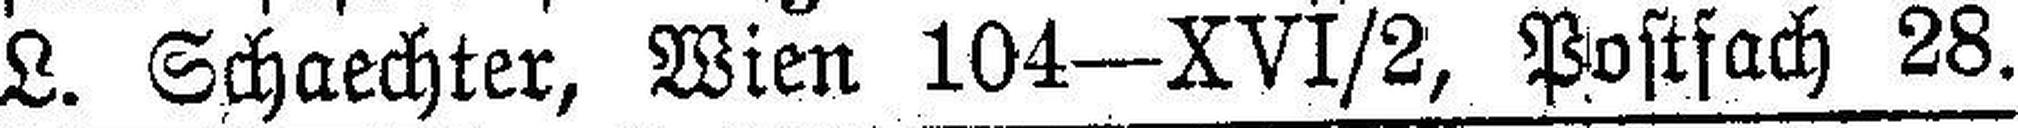
L. Schaechter, Wien 104—XVI/2, Postfach 28.